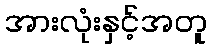
အားလုံးနှင့်အတူ